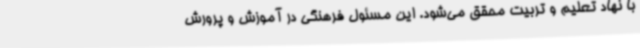
با نهاد تعلیم و تربیت محقق می‌شود. این مسئول فرهنگی در آموزش و پرورش